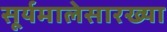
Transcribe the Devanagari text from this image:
सूर्यमालेसारख्या